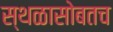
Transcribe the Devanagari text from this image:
स्थळासोबतच